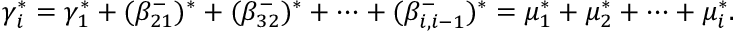
\gamma _ { i } ^ { * } = \gamma _ { 1 } ^ { * } + ( \beta _ { 2 1 } ^ { - } ) ^ { * } + ( \beta _ { 3 2 } ^ { - } ) ^ { * } + \cdots + ( \beta _ { i , i - 1 } ^ { - } ) ^ { * } = \mu _ { 1 } ^ { * } + \mu _ { 2 } ^ { * } + \cdots + \mu _ { i } ^ { * } .